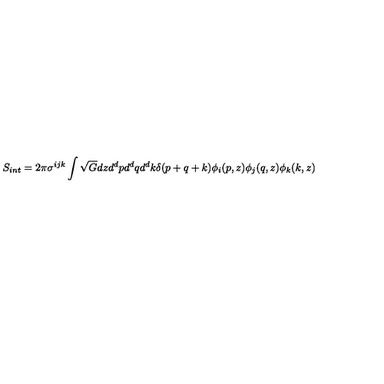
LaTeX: S _ { i n t } = 2 \pi \sigma ^ { i j k } \int \sqrt { G } d z d ^ { d } p d ^ { d } q d ^ { d } k \delta ( p + q + k ) \phi _ { i } ( p , z ) \phi _ { j } ( q , z ) \phi _ { k } ( k , z )